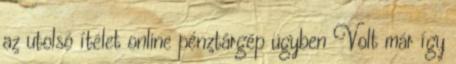
az utolsó ítélet online pénztárgép ügyben Volt már így